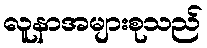
လူနာအများစုသည်